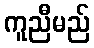
ကူညီမည်